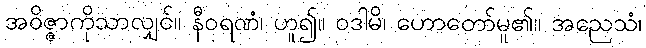
အဝိဇ္ဇာကိုသာလျှင်။ နီဝရဏံ၊ ဟူ၍။ ဝဒါမိ၊ ဟောတော်မူ၏။ အညေသံ၊